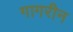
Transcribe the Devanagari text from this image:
गागरीन